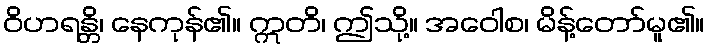
ဝိဟရန္တိ၊ နေကုန်၏။ ဣတိ၊ ဤသို့။ အဝေါစ၊ မိန့်တော်မူ၏။